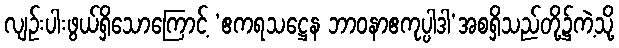
လျဉ်းပါးဖွယ်ရှိသောကြောင့် ‘ဧကရသဋ္ဌေန ဘာဝနာဧကုပ္ပါဒါ’အစရှိသည်တို့၌ကဲ့သို့